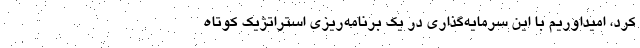
کرد، امیداوریم با این سرمایه‌گذاری در یک برنامه‌ریزی استراتژیک کوتاه